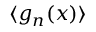
\langle g _ { n } ( x ) \rangle